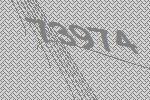
73974